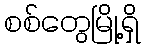
စစ်တွေမြို့ရှိ